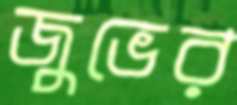
জুভের